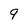
Character: 9